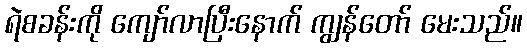
ရဲစခန်းကို ကျော်လာပြီးနောက် ကျွန်တော် မေးသည်။